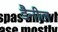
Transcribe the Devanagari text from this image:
डैनील